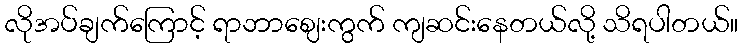
လိုအပ်ချက်ကြောင့် ရာဘာဈေးကွက် ကျဆင်းနေတယ်လို့ သိရပါတယ်။